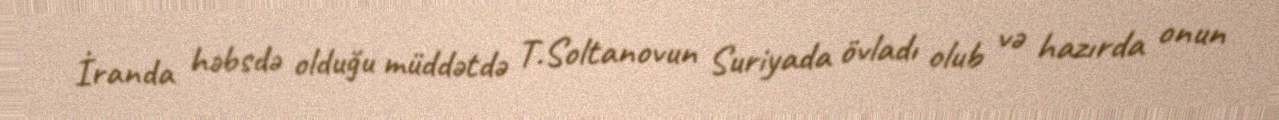
İranda həbsdə olduğu müddətdə T.Soltanovun Suriyada övladı olub və hazırda onun